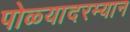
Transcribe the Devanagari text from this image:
पोळ्यादरम्यान